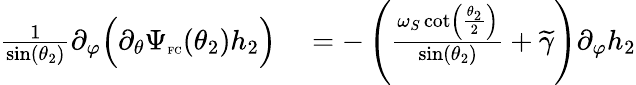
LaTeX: \begin{array}{rl}{\frac{1}{\sin(\theta_{2})}\partial_{\varphi}\Big(\partial_{\theta}\Psi_{\textnormal{\tiny{FC}}}(\theta_{2})h_{2}\Big)}&{{}=-\left(\frac{\omega_{S}\cot\left(\frac{\theta_{2}}{2}\right)}{\sin(\theta_{2})}+\widetilde{\gamma}\right)\partial_{\varphi}h_{2}}\end{array}